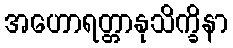
အဟောရတ္တာနုသိက္ခိနာ